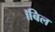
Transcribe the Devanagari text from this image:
।बिल